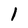
Character: 1